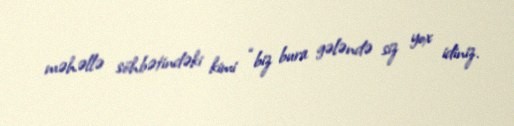
məhəllə söhbətindəki kimi “biz bura gələndə siz yox idiniz.